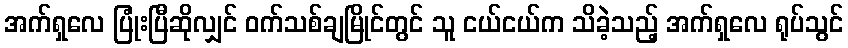
အက်ရှလေ ပြုံးပြီဆိုလျှင် ဝက်သစ်ချမြိုင်တွင် သူ ငယ်ငယ်က သိခဲ့သည့် အက်ရှလေ ရုပ်သွင်